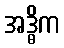
အဒ္ဓိက